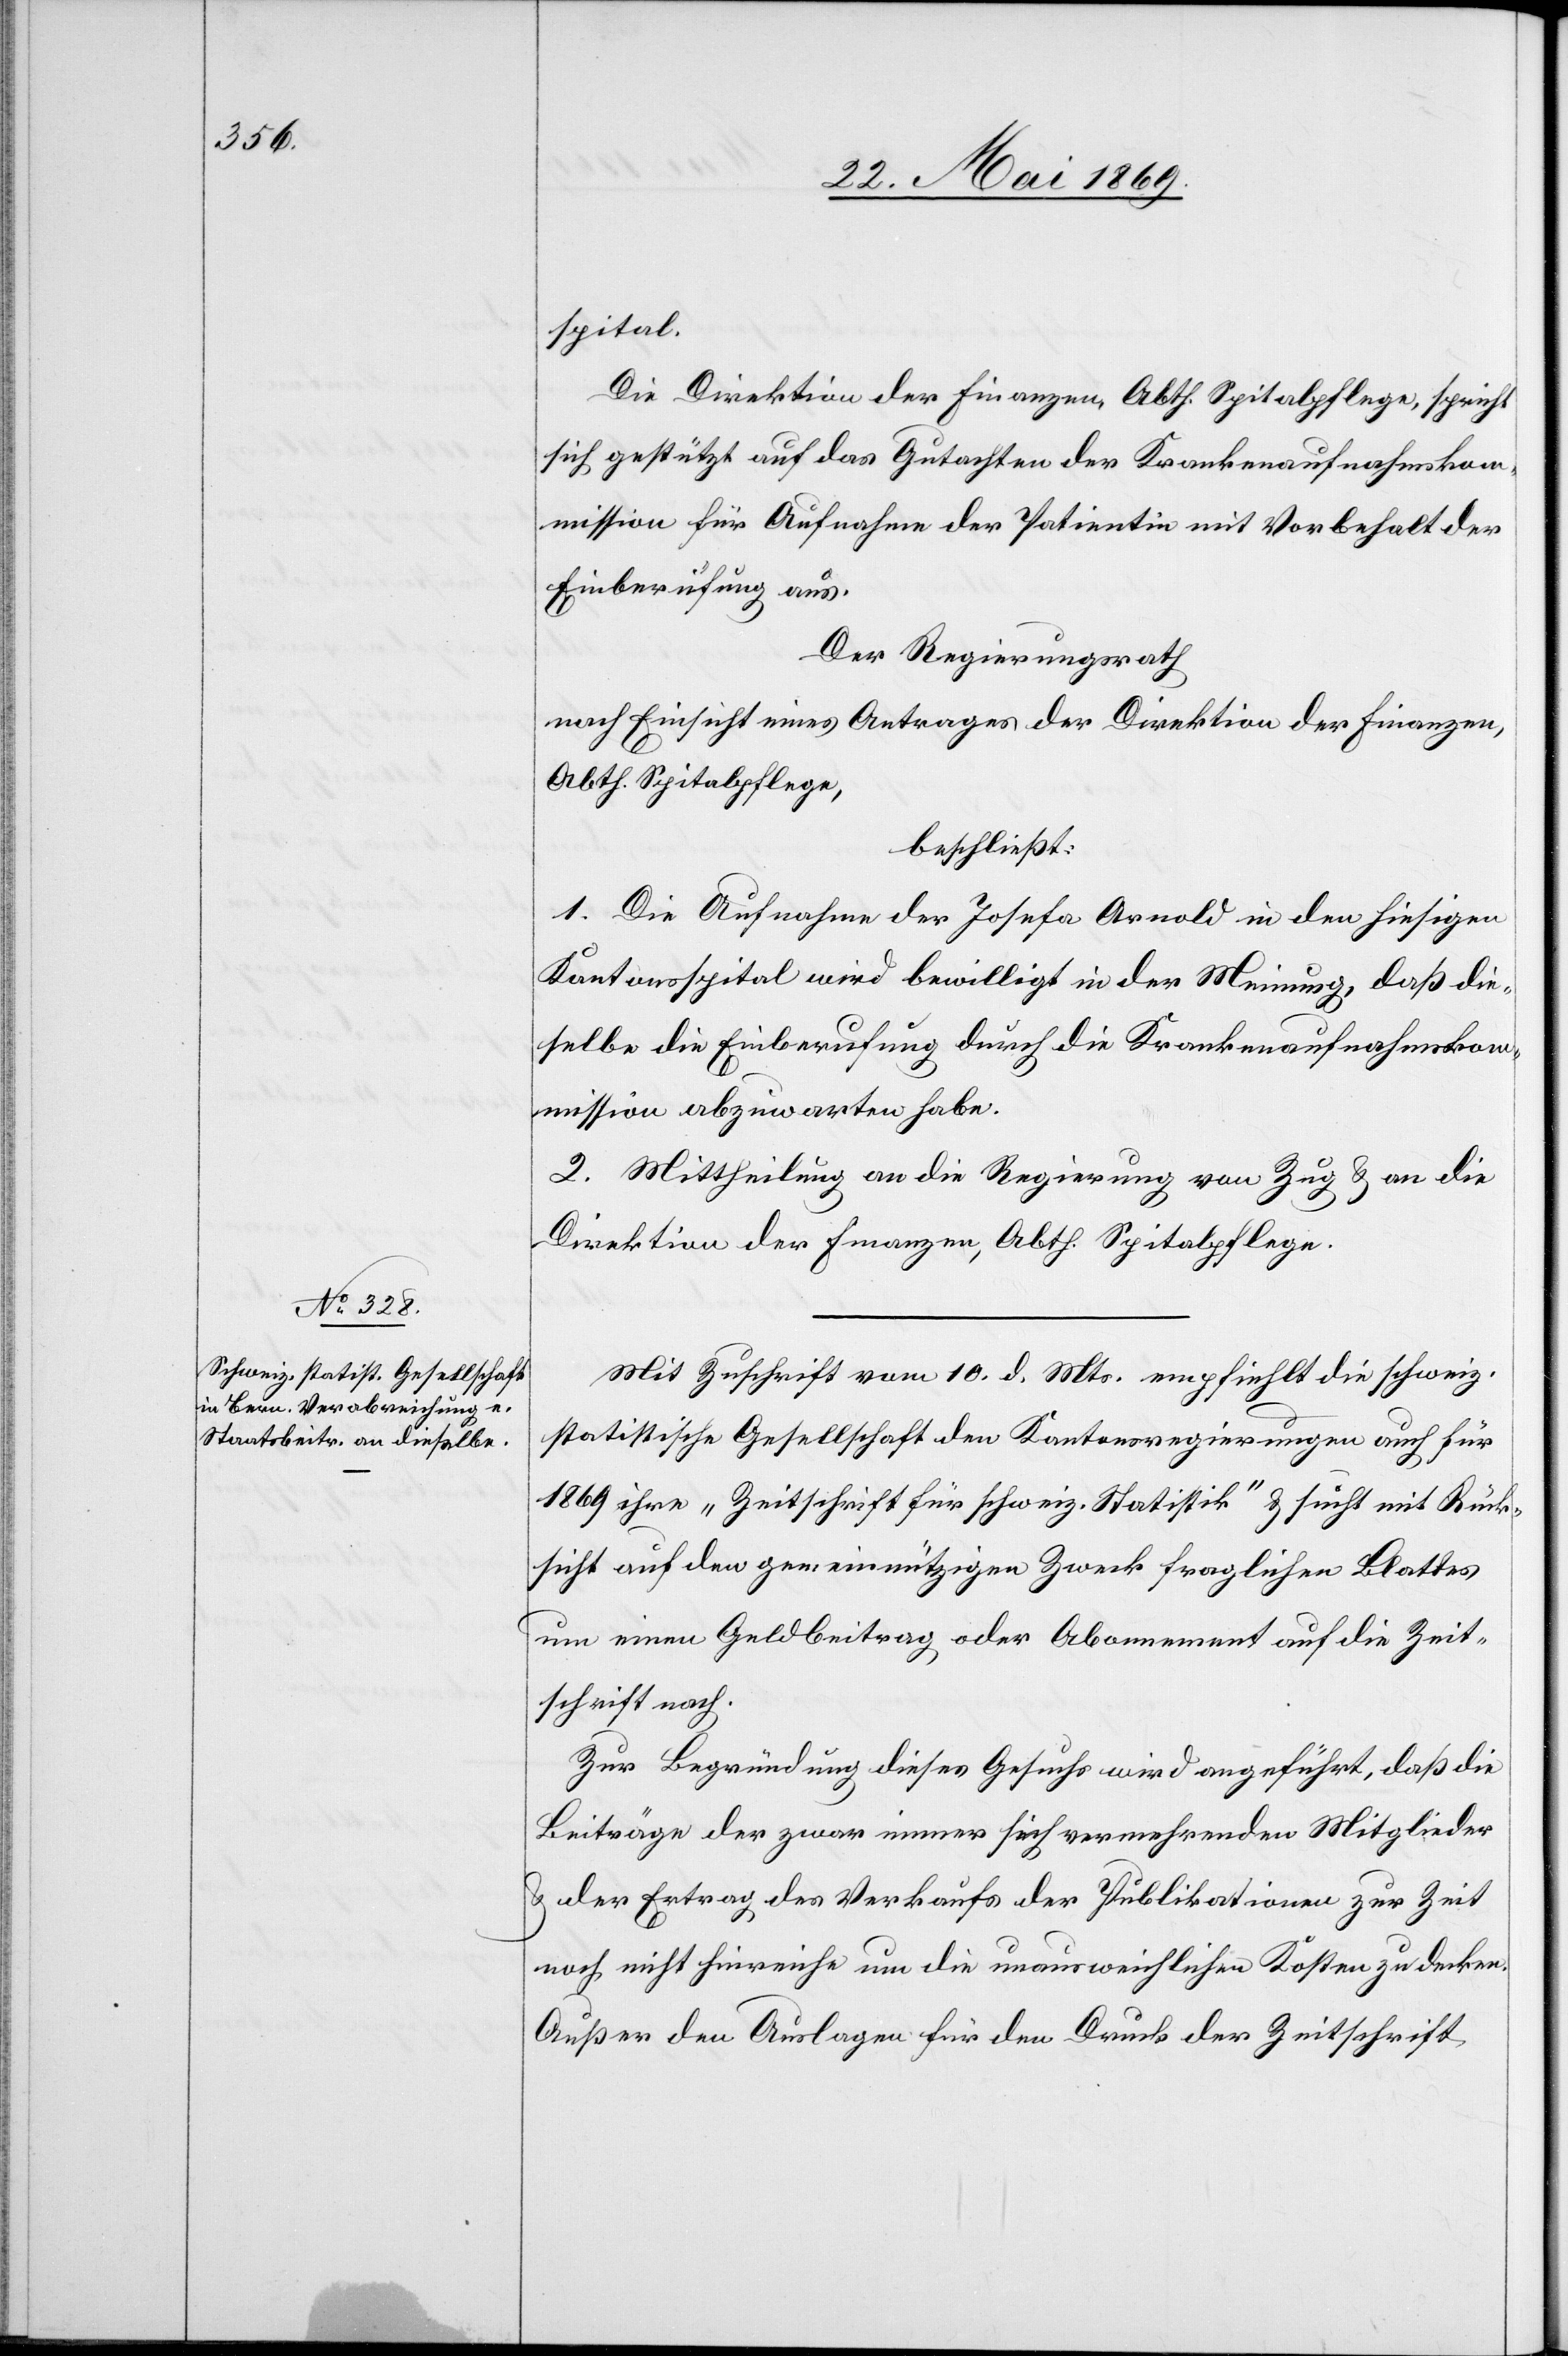
spital.
Die Direktion der Finanzen, Abth. Spitalpflege, spricht
sich gestützt auf das Gutachten der Krankenaufnahmskom¬
mission für Aufnahme der Patientin mit Vorbehalt der
Einberufung aus.
Der Regierungsrath,
nach Einsicht eines Antrages der Direktion der Finanzen,
Abth. Spitalpflege,
beschließt:
1. Die Aufnahme der Josefa Arnold in den hiesigen
Kantonsspital wird bewilligt in der Meinung, daß die¬
selbe die Einberufung durch die Krankenaufnahmsko¬
mmission abzuwarten habe.
2. Mittheilung an die Regierung von Zug u. an die
Direktion der Finanzen, Abth. Spitalpflege.
Mit Zuschrift vom 10 d. Mts. empfiehlt die schweiz.
statistische Gesellschaft den Kantonsregierungen auch für
1869 ihre „Zeitschrift für schweiz. Statistik“ u. sucht mit Rück¬
sicht auf den gemeinnützigen Zweck fraglichen Blattes
um einen Geldbeitrag oder Abonnement auf die Zeit¬
schrift nach.
Zur Begründung dieses Gesuchs wird angeführt, daß die
Beiträge der zwar immer sich vermehrenden Mitglieder
u. der Ertrag des Verkaufs der Publikationen zur Zeit
noch nicht hinreiche um die unausweichlichen Kosten zu decken.
Außer den Auslagen für den Druck der Zeitschrift